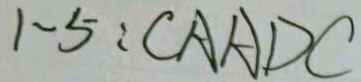
1 - 5 : C A A D C